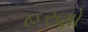
હરણો